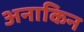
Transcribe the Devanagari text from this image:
अनाकिन